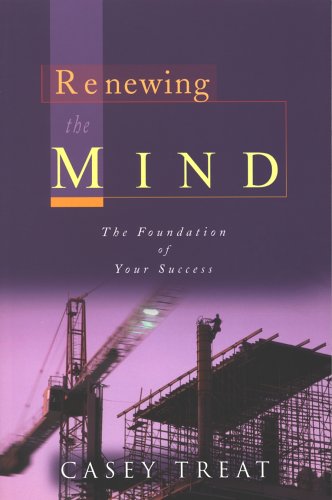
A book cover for Renewing the Mind: The Foundation of Your Success; Casey Treat; Religion & Spirituality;